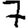
Digit: 7